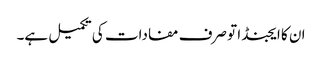
ان کا ایجنڈا تو صرف مفادات کی تکمیل ہے۔